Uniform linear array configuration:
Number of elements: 8
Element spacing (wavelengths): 0.75
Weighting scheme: blackman
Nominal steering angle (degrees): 0
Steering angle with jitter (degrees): -1.37
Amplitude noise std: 0.05
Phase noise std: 0.05

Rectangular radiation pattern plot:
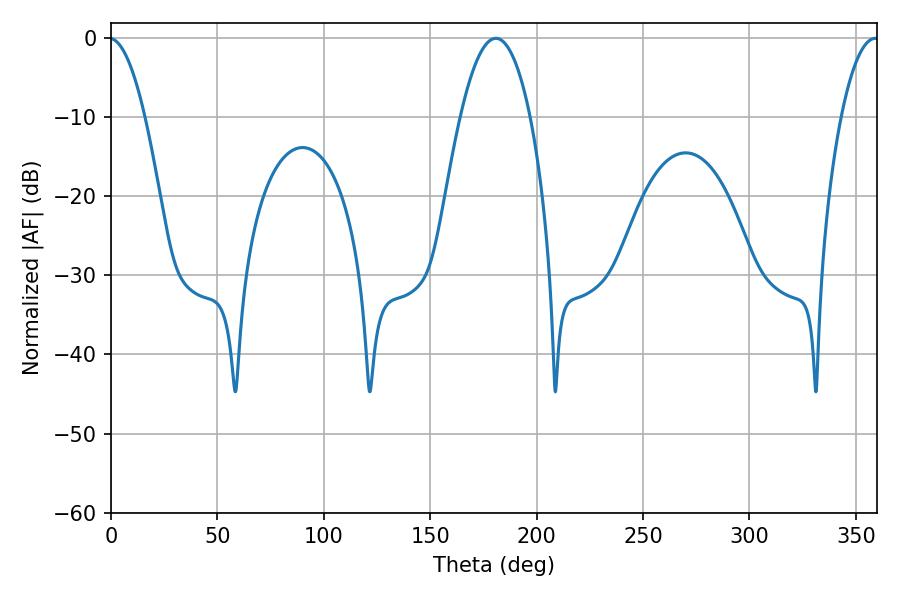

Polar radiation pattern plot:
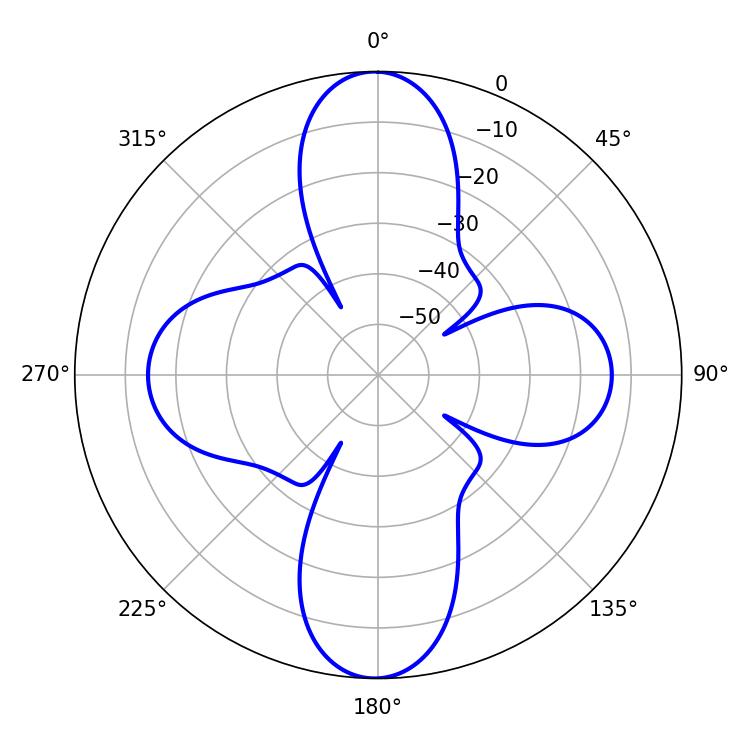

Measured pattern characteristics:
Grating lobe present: TRUE
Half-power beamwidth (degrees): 18.18
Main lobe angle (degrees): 180.9